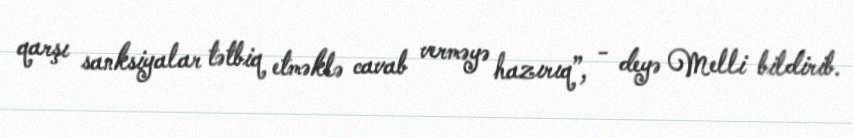
qarşı sanksiyalar tətbiq etməklə cavab verməyə hazırıq”, - deyə Melli bildirib.